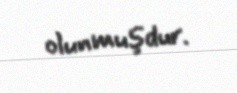
olunmuşdur.